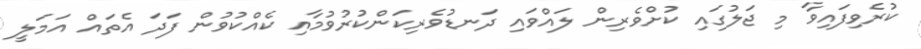
ކުރެވިފައިވާ މި ޖަލުގައި ކުށްވެރިން ލައްވައި ދަނޑުވެރިކަންކުރުވުމާއި ކެއްކުވުން ފަދަ އެތައް އަމަލީ